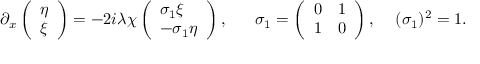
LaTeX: \partial _ { x } \left( \begin{array} { l } { { \eta } } \\ { { \xi } } \end{array} \right) = - 2 i \lambda \chi \left( \begin{array} { l } { { \sigma _ { 1 } \xi } } \\ { { - \sigma _ { 1 } \eta } } \end{array} \right) , \, \, \, \, \, \, \, \, \, \, \sigma _ { 1 } = \left( \begin{array} { l l } { { 0 } } & { { 1 } } \\ { { 1 } } & { { 0 } } \end{array} \right) , \, \, \, \, \, \, \, ( \sigma _ { 1 } ) ^ { 2 } = 1 .